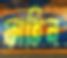
ফাতিন